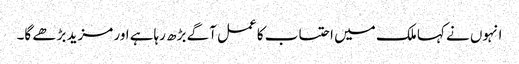
انہوں نے کہا ملک میں احتساب کا عمل آگے بڑھ رہاہے اور مزید بڑھے گا۔